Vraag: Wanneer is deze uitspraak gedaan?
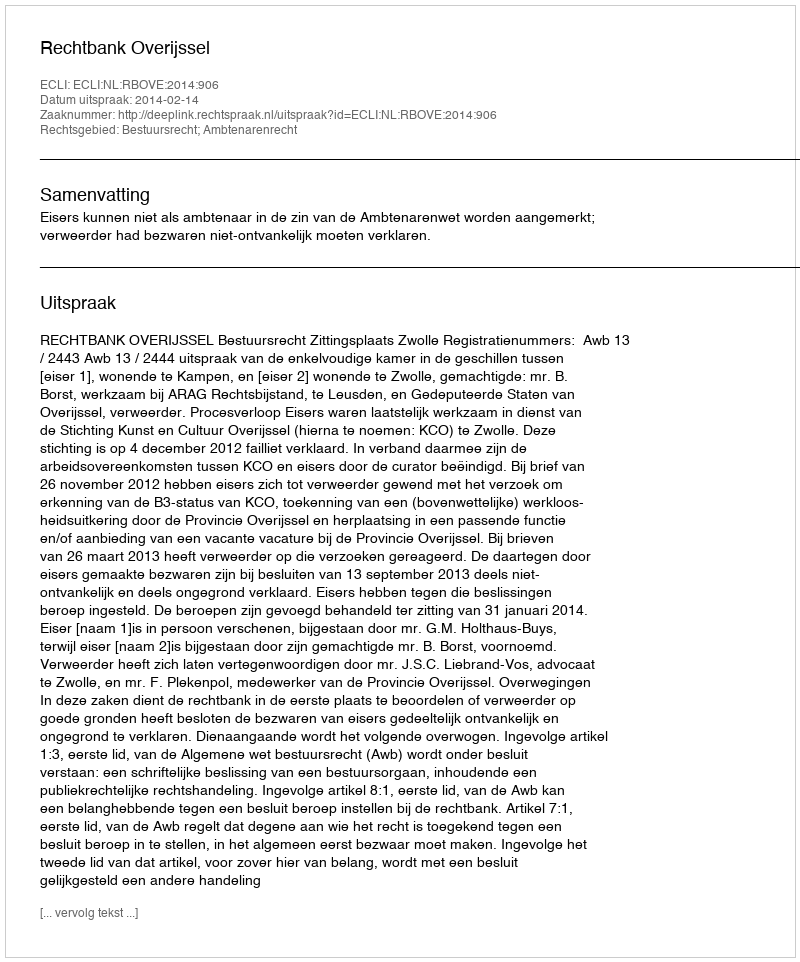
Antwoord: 2014-02-14